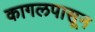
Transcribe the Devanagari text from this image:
कागलपासून